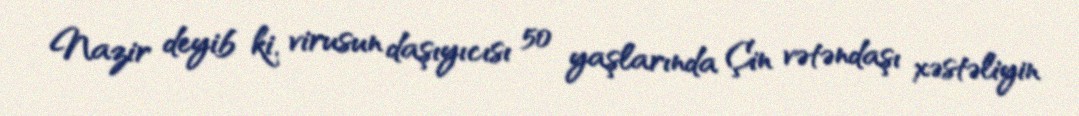
Nazir deyib ki, virusun daşıyıcısı 50 yaşlarında Çin vətəndaşı xəstəliyin